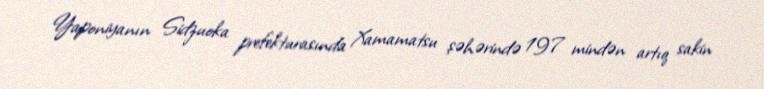
Yaponiyanın Sidzuoka prefekturasında Xamamatsu şəhərində 197 mindən artıq sakin